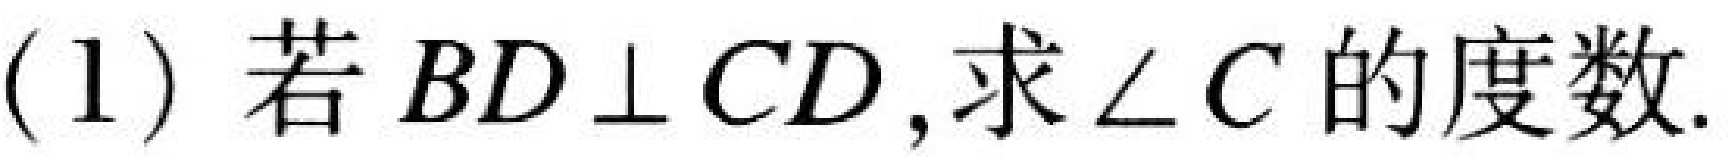
(1) 若$BD\perp CD$,求$\angle C$的度数.